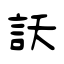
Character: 訞